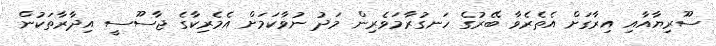
ސޫރިޔާއާއި އިރާގަށް އެތެރެވާ ބޭރުގެ ހަނގުރާމަވެރިން މަދު ނުވާކަމަށް އެމެރިކާގެ ޖާސޫސީ އިދާރާތަކުން